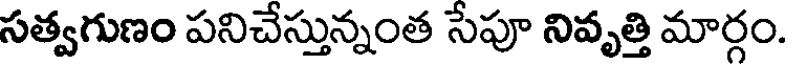
సత్వగుణం పనిచేస్తున్నంత సేపూ నివృత్తి మార్గం.